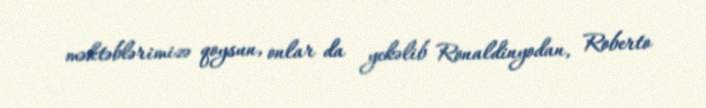
məktəblərimizə qoysun, onlar da yekəlib Ronaldinyodan, Roberto